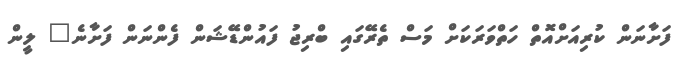
ފަށާނަން ކުރިއަށްއޮތް ހަތްވަރަކަށް މަސް ތެރޭގައި ބްރިޖު ފައުންޑޭޝަން ފެންނަން ފަށާނެ" ލީން